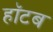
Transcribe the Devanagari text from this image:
हॉटब